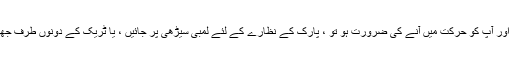
اگر بچوں کی پتلون میں کچھ چیونٹییں ہوں اور آپ کو حرکت میں آنے کی ضرورت ہو تو ، پارک کے نظارے کے لئے لمبی سیڑھی پر جائیں ، یا ٹریک کے دونوں طرف جھرنے تک کہیں زیادہ آرام سے ٹہلنے لگیں۔